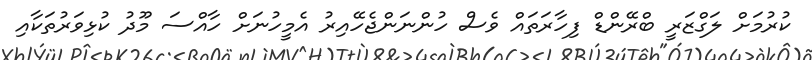
ކުރުމަށް ލަގްޒަރީ ބްރޭންޑް ފިހާރަތައް ވެސް ހުންނަންޖެހޭއިރު އެމީހުނަށް ހާއްސަ މޫދު ކުޅިވަރުތަކާއި